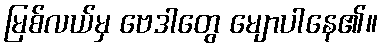
မြစ်လယ်မှ ဗေဒါတွေ မျောပါနေ၏။